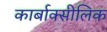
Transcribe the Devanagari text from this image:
कार्बाक्सीलिक